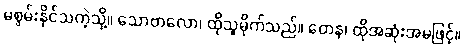
မစွမ်းနိုင်သကဲ့သို့။ သောဗာလော၊ ထိုသူမိုက်သည်။ တေန၊ ထိုအဆုံးအမဖြင့်။